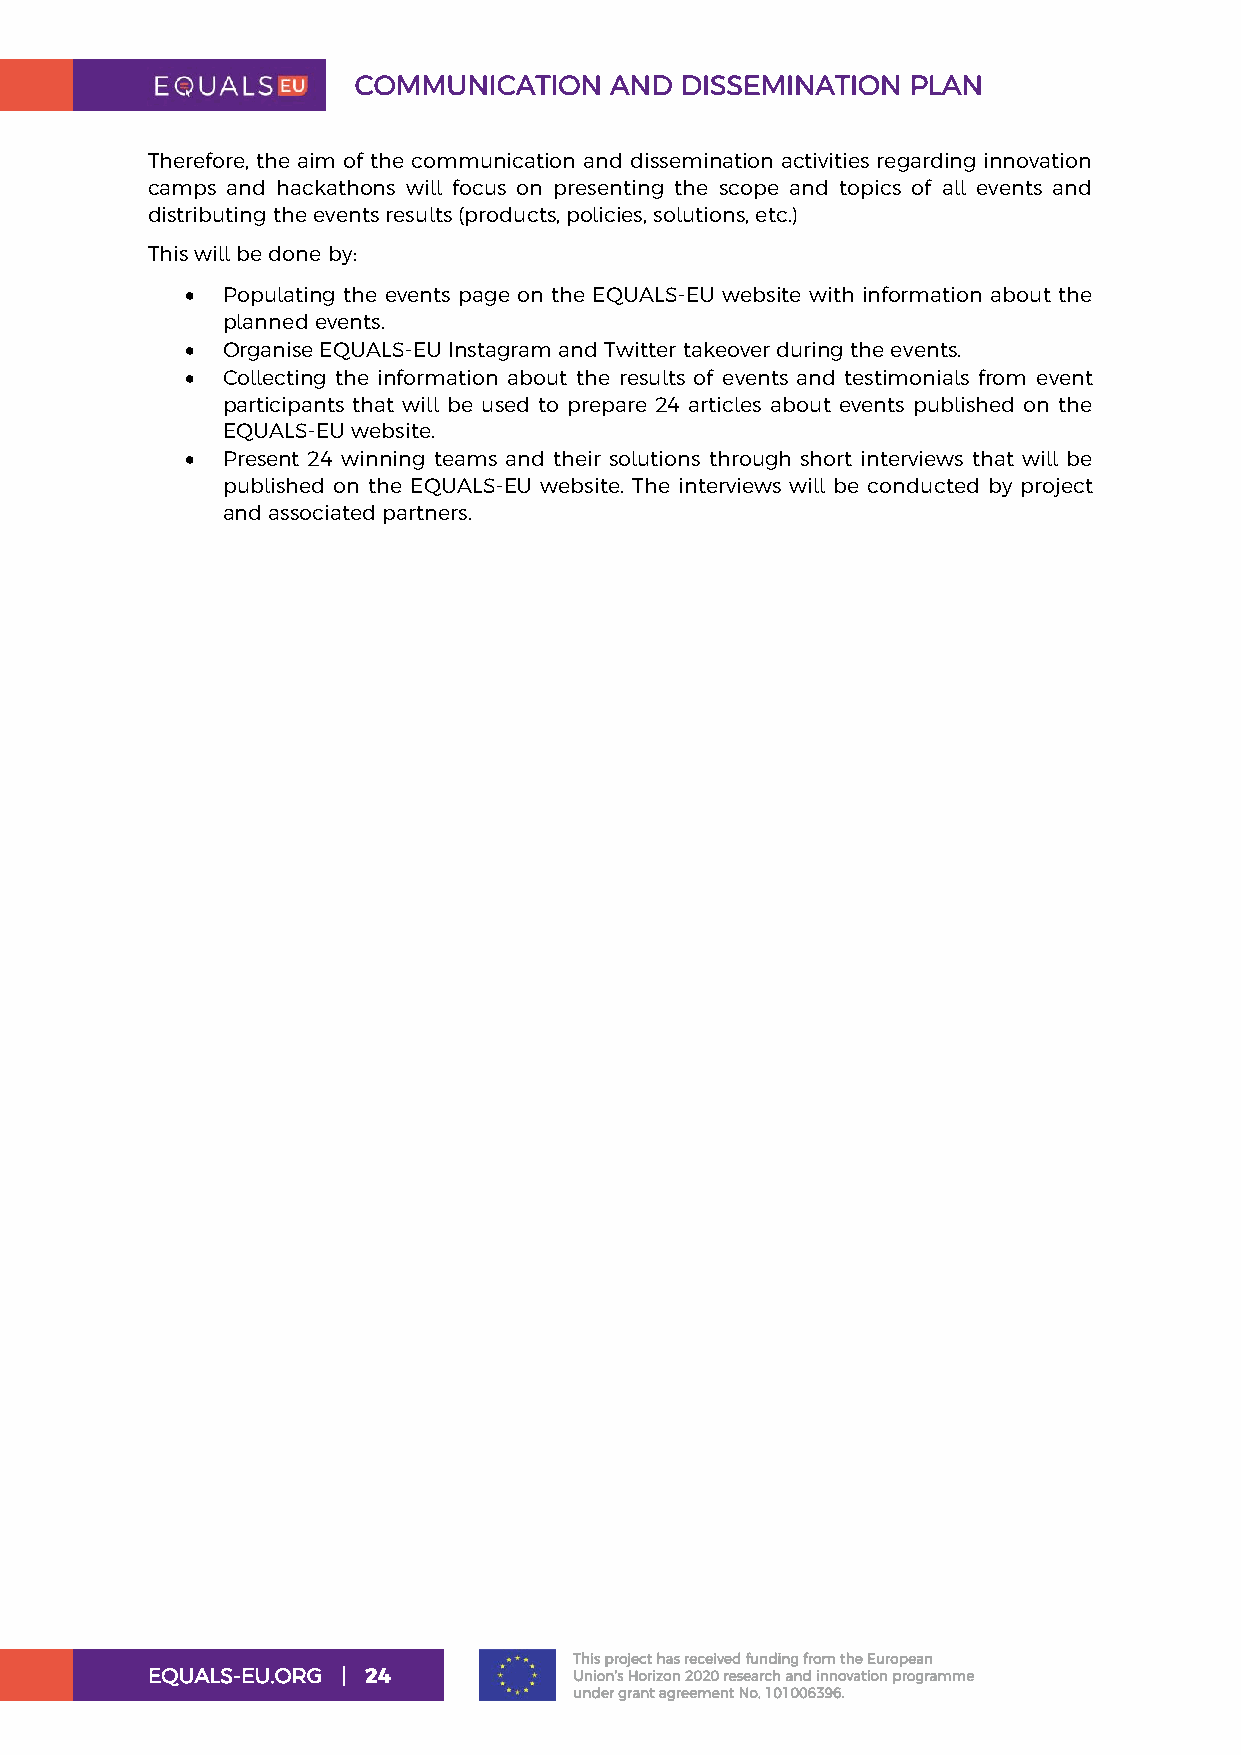
COMMUNICATION    AND  DISSEMINATION  PLAN
 Therefore, the aim of the communication and dissemination activities regarding innovation
 camps and hackathons will focus on presenting the scope and topics of all events and
 distributing the events results (products, policies, solutions, etc.)
 This will be done by:
 •  Populating the events page on the EQUALS-EU website with information about the
 planned events.
 •  Organise EQUALS-EU Instagram and Twitter takeover during the events.
 •  Collecting the information about the results of events and testimonials from event
 participants that will be used to prepare 24 articles about events published on the
 EQUALS-EU website.
 •  Present 24 winning teams and their solutions through short interviews that will be
 published on the EQUALS-EU website. The interviews will be conducted by project
 and associated partners.
 This project has received funding from the European
 EQUALS-EU.ORG | 24          Union’s Horizon 2020 research and innovation programme
 under grant agreement No. 101006396.